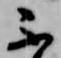
不